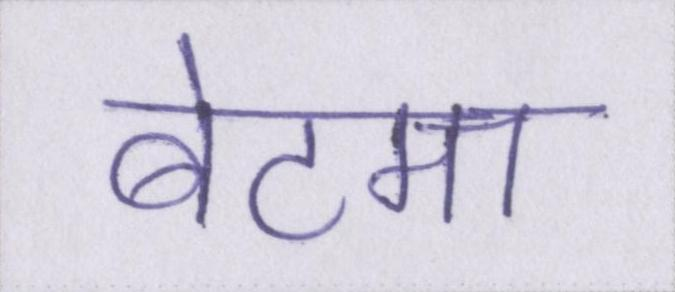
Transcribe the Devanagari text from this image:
बेटमा